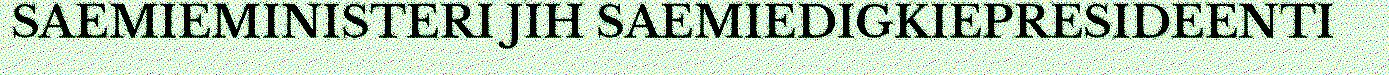
SAEMIEMINISTERI JÏH SAEMIEDIGKIEPRESIDEENTI